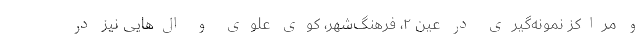
و مراکز نمونه‌گیری در عین ۲، فرهنگ‌شهر، کوی علوی و ال‌هایی نیز در